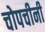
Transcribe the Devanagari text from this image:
चोपचीनी